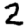
Digit: 2